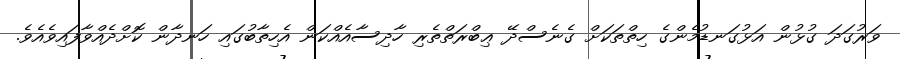
ވަރުގަދަ ގުޅުން އަޅުގަނޑުމެންގެ ހިތްތަކަށް ގެނެސްދޭ ޢިބްރަތްތެރި ހާދިސާއެއްކަން އެހިތާބުގައި ހަނދާން ކޮށްދެއްވާފައިވެއެވެ.